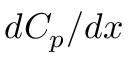
d C _ { p } / d x